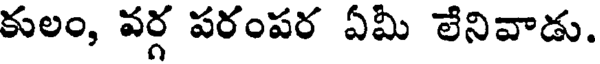
కులం, వర్గ పరంపర ఏమీ లేనివాడు.